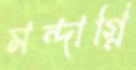
মন্দাগ্নি